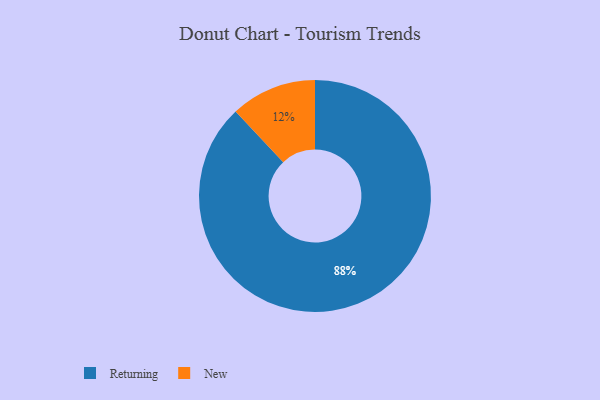
{"axis": {"x": "Category", "y": "Percentage"}, "legend": ["New", "Returning"], "data": [{"x": "Returning", "y": 88, "type": "Returning"}, {"x": "New", "y": 12, "type": "New"}]}